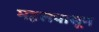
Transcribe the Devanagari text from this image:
महलपासून